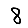
Digit: 8